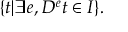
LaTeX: \{ t | \exists e , D ^ { e } t \in I \} .